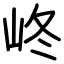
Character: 峂